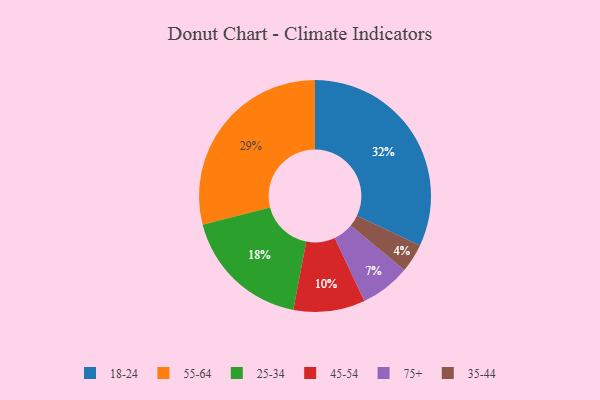
{"axis": {"x": "Category", "y": "Percentage"}, "legend": ["18-24", "25-34", "35-44", "45-54", "55-64", "75+"], "data": [{"x": "45-54", "y": 10, "type": "45-54"}, {"x": "18-24", "y": 32, "type": "18-24"}, {"x": "55-64", "y": 29, "type": "55-64"}, {"x": "75+", "y": 7, "type": "75+"}, {"x": "25-34", "y": 18, "type": "25-34"}, {"x": "35-44", "y": 4, "type": "35-44"}]}